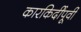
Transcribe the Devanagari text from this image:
कारकिर्दींपूर्वी